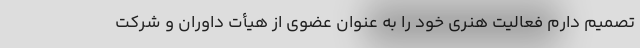
تصمیم دارم فعالیت هنری خود را به عنوان عضوی از هیأت داوران و شرکت